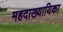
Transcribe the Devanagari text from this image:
महदाख्यायिका